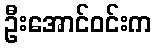
ဦးအောင်ဝင်းက